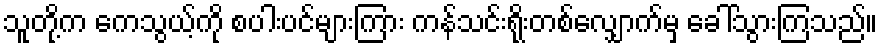
သူတို့က ကေသွယ့်ကို စပါးပင်များကြား ကန်သင်းရိုးတစ်လျှောက်မှ ခေါ်သွားကြသည်။